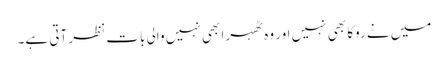
میں نے روکا بھی نہیں اور وہ ٹھہرا بھی نہیں والی بات نظر آتی ہے۔